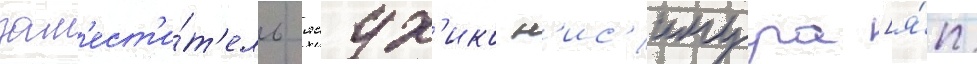
зам'ест'и́т'ель ясух'ико н'ис'имура [я́п.